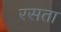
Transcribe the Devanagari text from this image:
रसता